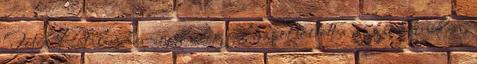
Fotók Katalin hercegnő alig fél napot töltött a magánklinikán,